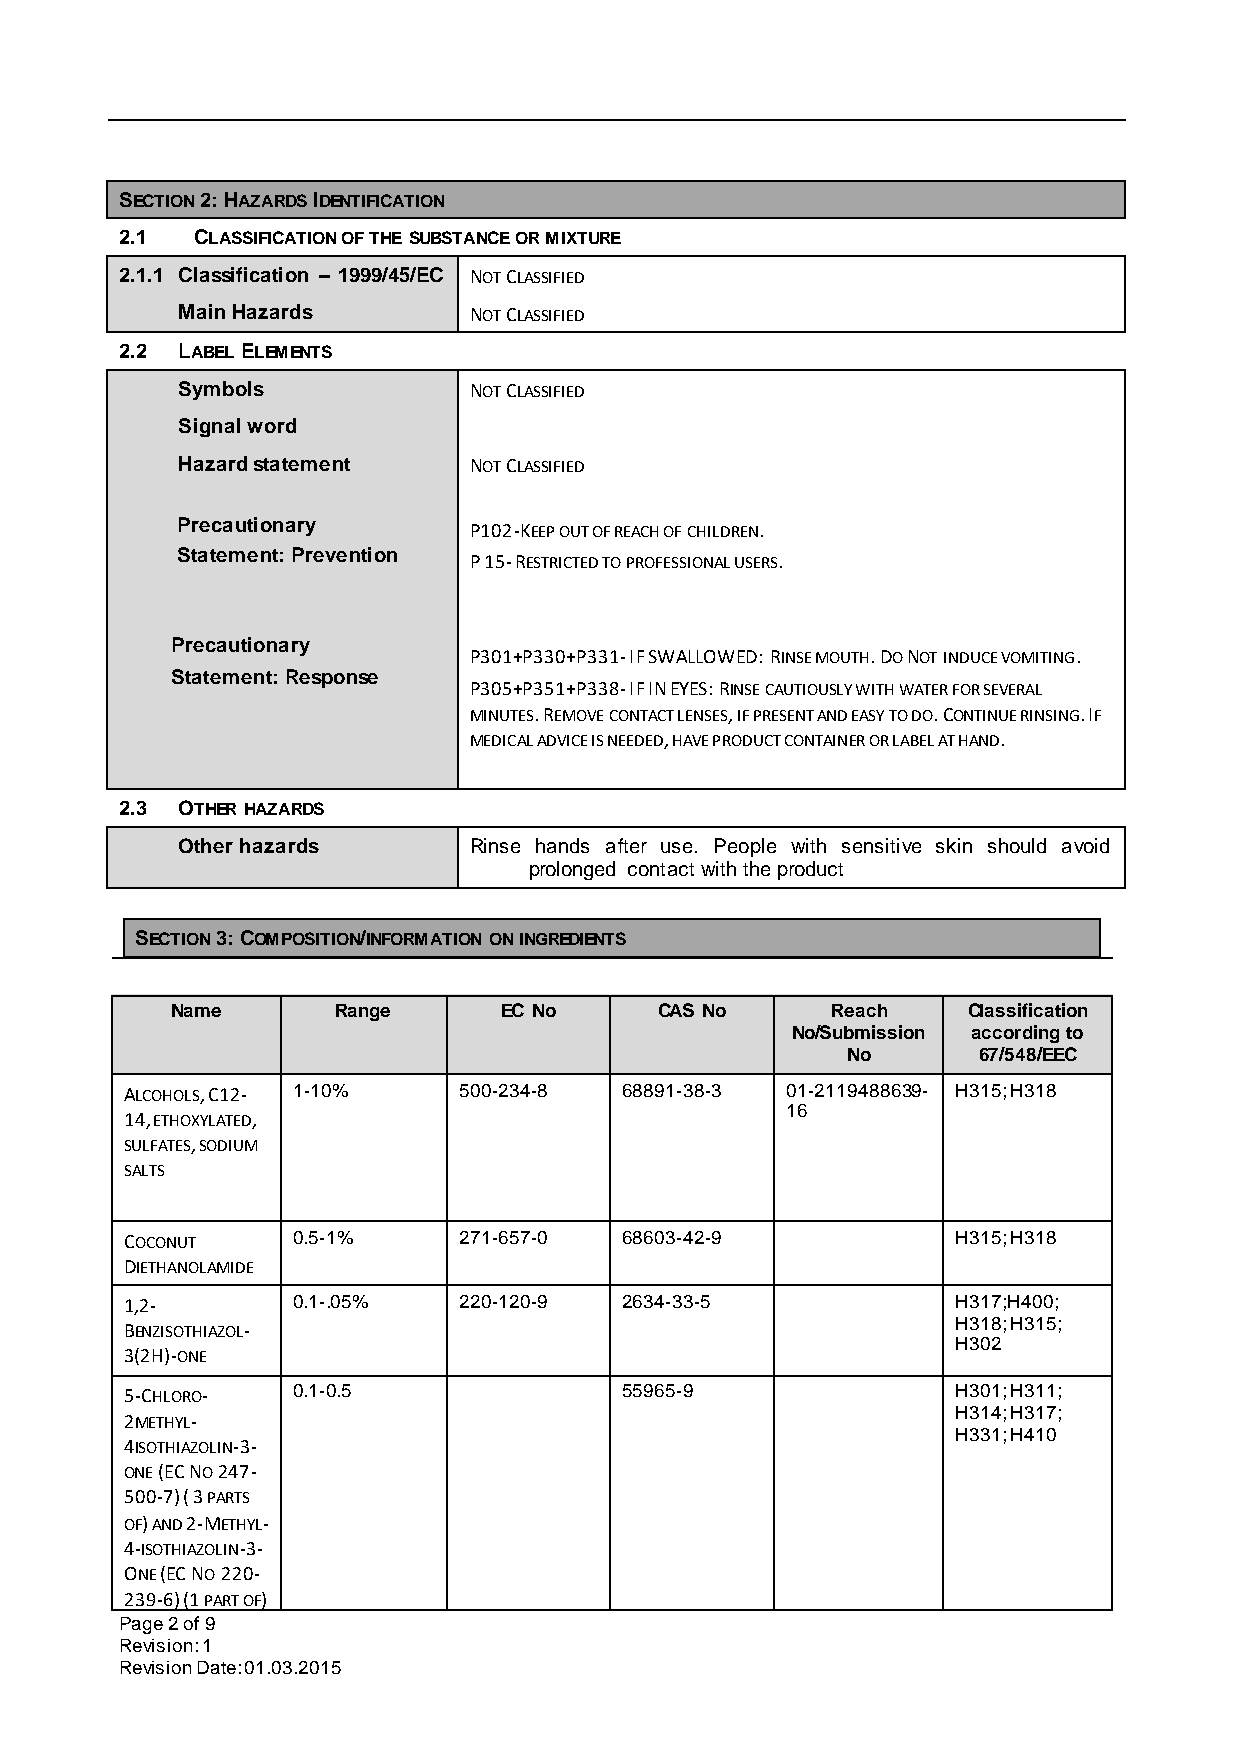
SECTION 2: HAZARDS IDENTIFICATION
 2.1  CLASSIFICATION OF THE SUBSTANCE OR MIXTURE
 2.1.1 Classification – 1999/45/EC NOT CLASSIFIED
 Main Hazards       NOT CLASSIFIED
 2.2 LABEL ELEMENTS
 Symbols            NOT CLASSIFIED
 Signal word
 Hazard statement   NOT CLASSIFIED
 Precautionary      P102-KEEP OUT OF REACH OF CHILDREN.
 Statement: Prevention
 P 15- RESTRICTED TO PROFESSIONAL USERS.
 Precautionary
 P301+P330+P331- IF SWALLOWED: RINSE MOUTH. DO NOT INDUCE VOMITING.
 Statement: Response
 P305+P351+P338- IF IN EYES: RINSE CAUTIOUSLY WITH WATER FOR SEVERAL
 MINUTES. REMOVE CONTACT LENSES, IF PRESENT AND EASY TO DO. CONTINUE RINSING. IF
 MEDICAL ADVICE IS NEEDED, HAVE PRODUCT CONTAINER OR LABEL AT HAND.
 2.3 OTHER HAZARDS
 Other hazards      Rinse hands after use. People with sensitive skin should avoid
 prolonged contact with the product
 SECTION 3: COMPOSITION/INFORMATION ON INGREDIENTS
 Name       Range      EC No      CAS No     Reach    Classification
 No/Submission according to
 No       67/548/EEC
 ALCOHOLS, C12- 1-10%  500-234-8  68891-38-3 01-2119488639- H315; H318
 16
 14, ETHOXYLATED,
 SULFATES, SODIUM
 SALTS
 COCONUT    0.5-1%     271-657-0  68603-42-9            H315; H318
 DIETHANOLAMIDE
 1,2-       0.1-.05%   220-120-9  2634-33-5             H317;H400;
 BENZISOTHIAZOL-
 H318; H315;
 H302
 3(2H)-ONE
 5-CHLORO-  0.1-0.5               55965-9               H301; H311;
 2METHYL-
 H314; H317;
 H331; H410
 4ISOTHIAZOLIN-3-
 ONE (EC NO 247-
 500-7) ( 3 PARTS
 OF) AND 2-METHYL-
 4-ISOTHIAZOLIN-3-
 ONE (EC NO 220-
 239-6) (1 PART OF)
 Page 2 of 9
 Revision: 1
 Revision Date: 01.03.2015